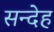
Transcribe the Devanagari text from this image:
सन्‍देह